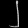
Digit: ၂